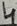
Text: 4